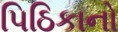
પિઠિકાનો